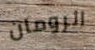
الرومان